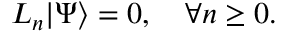
L _ { n } | \Psi \rangle = 0 , \quad \forall n \ge 0 .